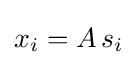
x_{i}=A\,s_{i}